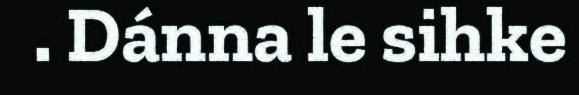
. Dánna le sihke